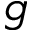
g